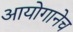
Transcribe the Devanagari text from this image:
आयोगानेच